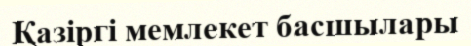
Қазіргі мемлекет басшылары